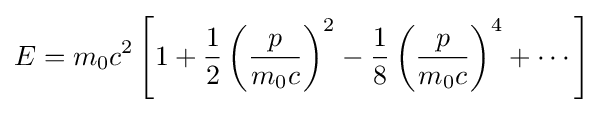
E=m_{0}c^{2}\left[1+{\frac {1}{2}}\left({\frac {p}{m_{0}c}}\right)^{2}-{\frac {1}{8}}\left({\frac {p}{m_{0}c}}\right)^{4}+\cdots \right]